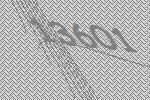
13601